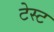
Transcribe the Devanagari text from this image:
टेस्‍ट